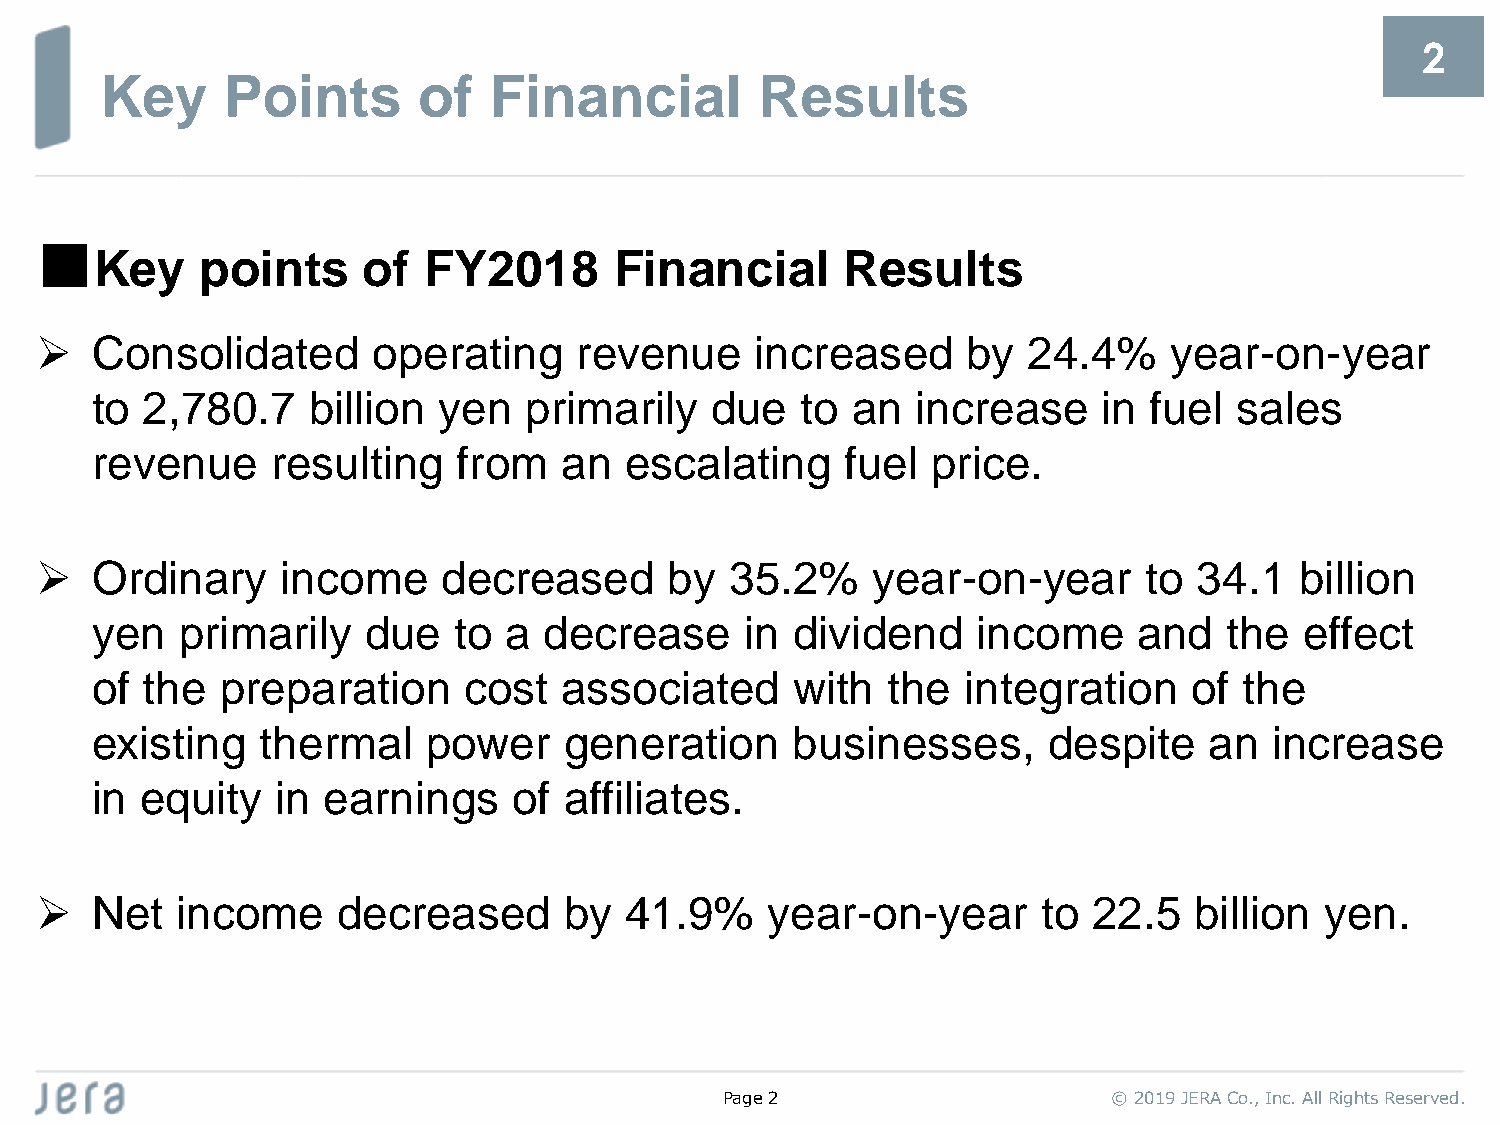
2
 Key     Points       of  Financial         Results
 ■
 Key    points     of  FY2018       Financial      Results
 ➢   Consolidated       operating    revenue     increased     by  24.4%    year-on-year
 to 2,780.7    billion  yen   primarily   due   to an   increase    in fuel  sales
 revenue     resulting   from   an  escalating     fuel  price.
 ➢   Ordinary     income    decreased      by  35.2%     year-on-year      to 34.1   billion
 yen   primarily   due   to a  decrease     in dividend     income    and   the  effect
 of the   preparation     cost  associated      with  the  integration    of the
 existing   thermal    power    generation     businesses,      despite    an  increase
 in equity   in earnings     of affiliates.
 ➢   Net   income    decreased      by  41.9%     year-on-year      to 22.5   billion  yen.
 Page2                     © 2019 JERA Co., Inc. All Rights Reserved.